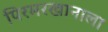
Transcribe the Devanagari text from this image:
पिरमरखानाला